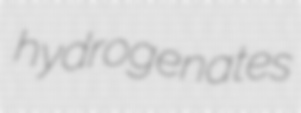
hydrogenates